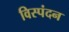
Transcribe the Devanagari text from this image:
विस्पंदन